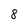
Character: 8